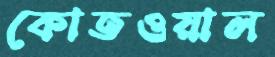
কোতওয়াল